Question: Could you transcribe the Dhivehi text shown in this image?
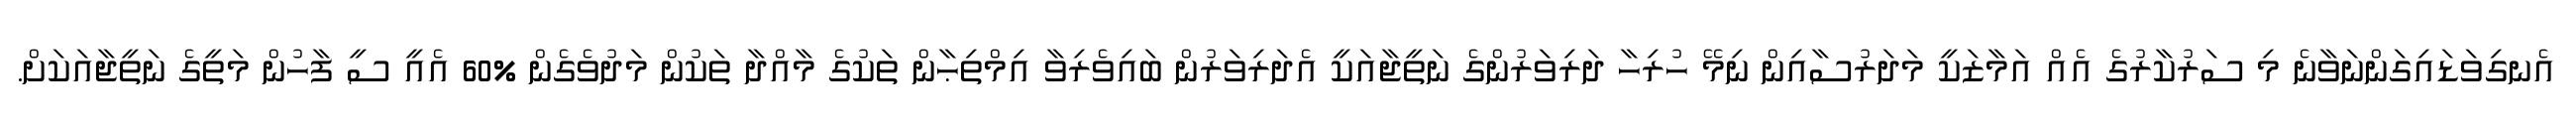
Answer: އެނގިވަޑައިގަންނަވާނެ މި ސަރުކާރުގެ އެއް އަމާޒަކީ މަދަރުސާއިން ނިމޭ ހުރިހާ ދަރިވަރުންގެ ނަތީޖާއަކީ އެދަރިވަރުން ބައިވެރިވާ އިމްތިޙާން ތަކުގެ މާއްދާ ތަކުން މަދުވެގެން %60 އެއީ ސީ ފާހުން މަތީގެ ނަތީޖާއަކަށް.